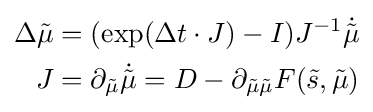
{\begin{aligned}\Delta {\tilde {\mu }}&=(\exp(\Delta t\cdot J)-I)J^{-1}{\dot {\tilde {\mu }}}\\J&=\partial _{\tilde {\mu }}{\dot {\tilde {\mu }}}=D-\partial _{{\tilde {\mu }}{\tilde {\mu }}}F({\tilde {s}},{\tilde {\mu }})\end{aligned}}